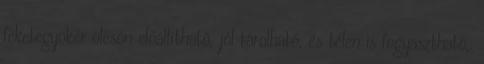
feketegyökér olcsón előállítható, jól tárolható, és télen is fogyasztható,.